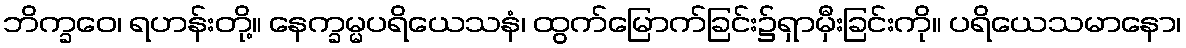
ဘိက္ခဝေ၊ ရဟန်းတို့။ နေက္ခမ္မပရိယေသနံ၊ ထွက်မြောက်ခြင်း၌ရှာမှီးခြင်းကို။ ပရိယေသမာနော၊